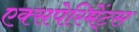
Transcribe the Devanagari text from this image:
एक्सपेरिमेंट्स